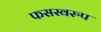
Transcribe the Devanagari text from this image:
फसस्वरुप